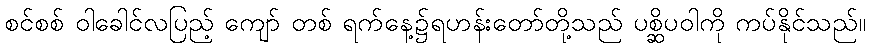
စင်စစ် ဝါခေါင်လပြည့် ကျော် တစ် ရက်နေ့၌ရဟန်းတော်တို့သည် ပစ္ဆိပဝါကို ကပ်နိုင်သည်။